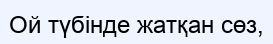
Ой түбінде жатқан сөз,